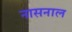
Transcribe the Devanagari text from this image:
नासनाल